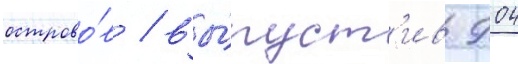
острово́в / вы́пуст'ив 904